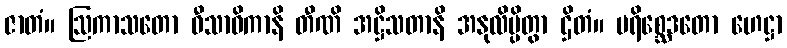
ဇာတံ။ ဩကာသတော ဝီသာဓိကာနိ တီဏိ အဋ္ဌိသတာနိ အနုလိမ္ပိတွာ ဌိတံ။ ပရိစ္ဆေဒတော ဟေဋ္ဌာ